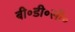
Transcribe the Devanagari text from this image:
बी॰डी॰सी॰